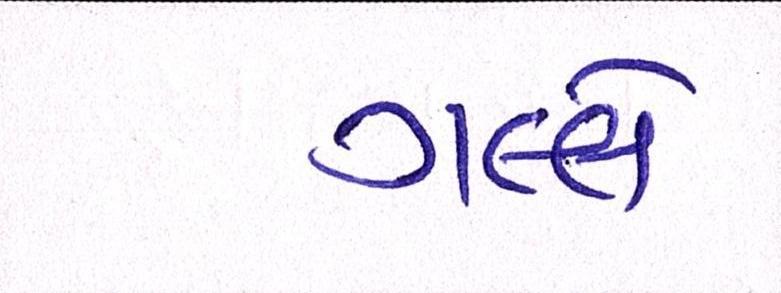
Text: ગલ્લે